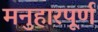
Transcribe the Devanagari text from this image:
मनुहारपूर्ण